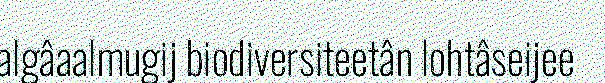
algâaalmugij biodiversiteetân lohtâseijee